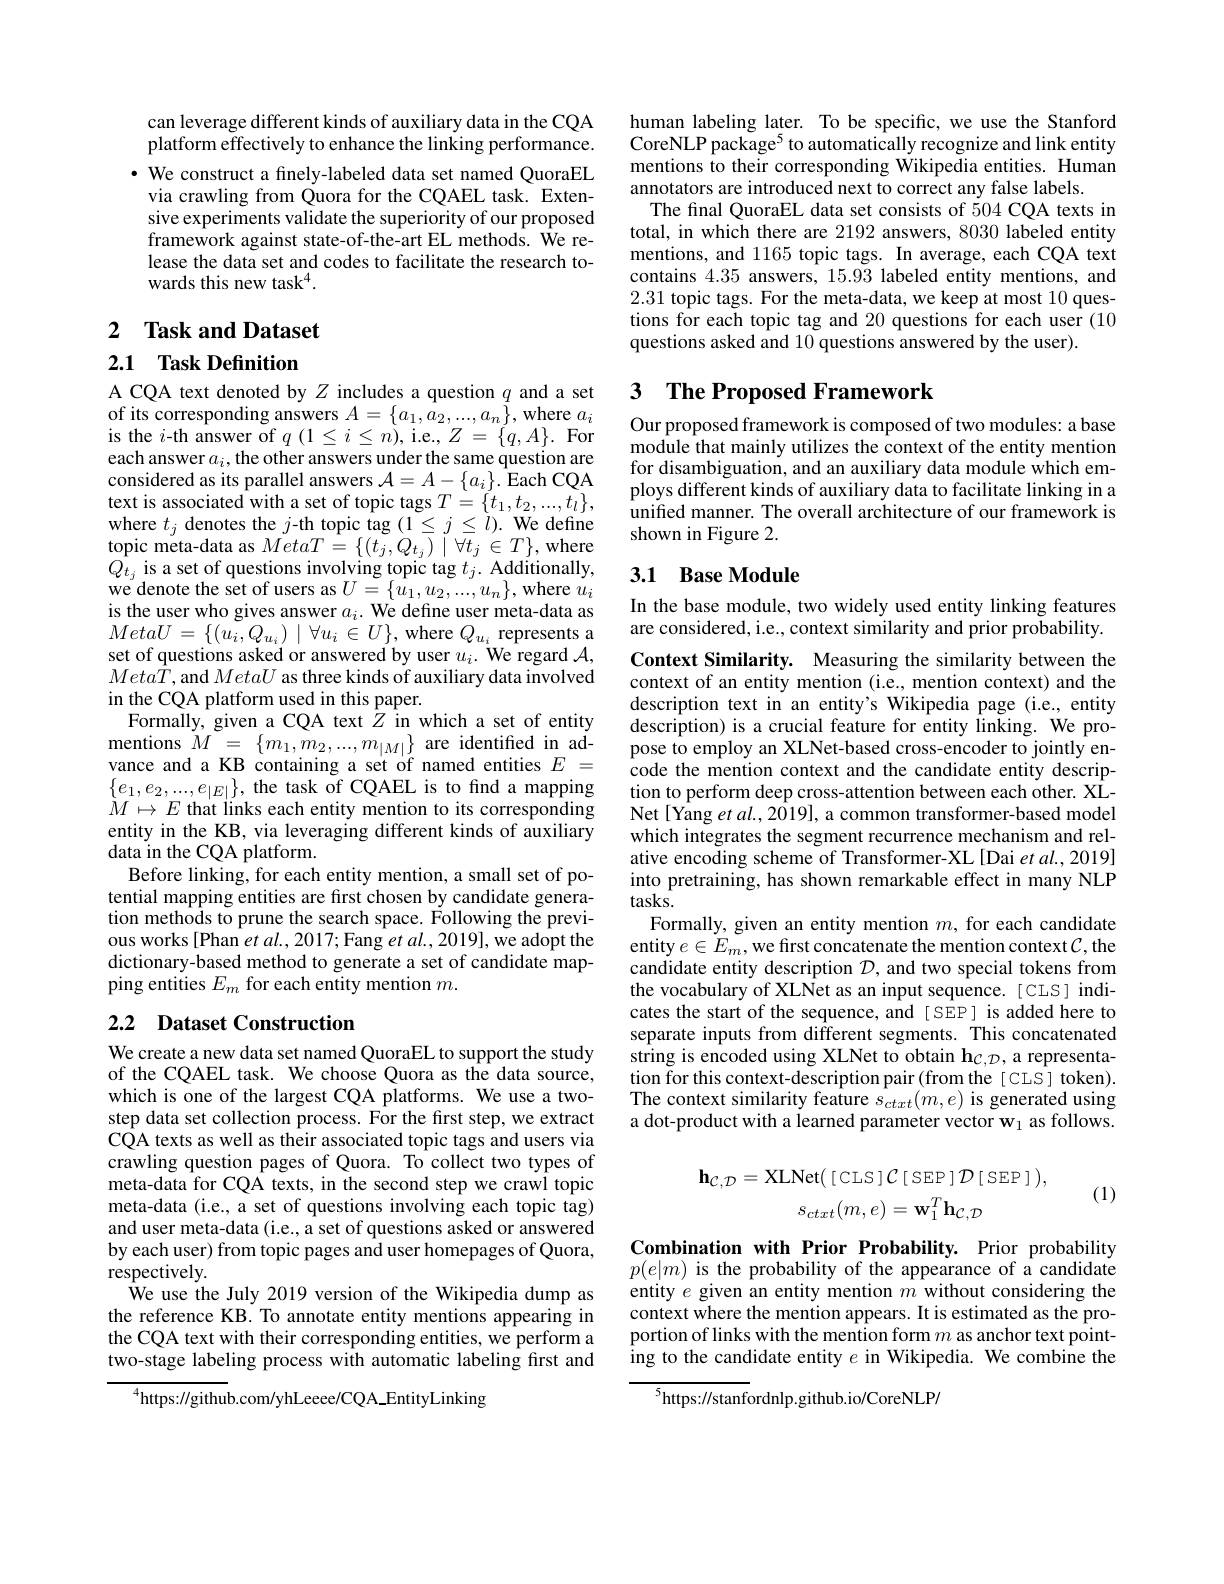
can leverage different kinds of auxiliary data in the CQA platform effectively to enhance the linking performance.
· We construct a finely-labeled data set named QuoraEL
via crawling from Quora for the CQAEL task. Extensive experiments validate the superiority of our proposed framework against state-of-the-art EL methods. We release the data set and codes to facilitate the research towards this new task$^4.$

2 Task and Dataset

## 2.1 Task Definition

A CQA text denoted by $Z$ includes a question $q$ and a set of its corresponding answers $A=\{a_1,a_2,...,a_n\}$, where $a_i$ is the $i$-th answer of $q(1\leq i\leq n)$,i.e.$Z=\{q,A\}.$ For each answer $a_i$, the other answers under the same question are considered as its parallel answers $\mathcal{A}=A-\{a_i\}.$ Each CQA text is associated with a set of topic tags $T=\{t_1,t_2,...,t_l\}$, where $t_j$ denotes the $j$-th topic tag $(1\leq j\leq l).$ We define topic meta-data as $MetaT=\{(t_{j},Q_{t_{j}})\mid\forall t_{j}\in T\}$,where $Q_{t_j}$ is a set of questions involving topic tag $t_j.$ Additionally, we denote the set of users as$U= \{ \hat{u_{1}} , u_{2}, . . . , u_{n}\} $,where $\hat{u_{i}}$ is the user who gives answer $a_{i}.$ We define user meta- data as $MetaU=\{(\tilde{u_{i}},Q_{u_{i}})\mid\forall u_{i}\stackrel{\sim}{\in}U\}$, where $Q_u_{i}$ represents a set of questions asked or answered by user $u_i.$ We regard $\mathcal{A}$, $Meta\bar{T}$,and MetaU as three kinds of auxiliary data involved in the CQA platform used in this paper.
Formally, given a CQA text $Z$ in which a set of entity $\begin{array}{rcl}{\mathrm{mentions~}M=~\{m_{1},m_{2},...,m_{|M|}\}~\mathrm{are~identified~in~ad-}}\\{\mathrm{vance~and~a~KB~containing~a~set~of~named~entities~}E~=}\end{array}$ $\begin{array}{l}\{e_1,e_2,...,e_{|E|}\},\text{the task of CQAEL is to find a mapping}\\M\mapsto E\text{ that links each entity mention to its corresponding}\end{array}$ entity in the KB, via leveraging different kinds of auxiliary data in the CQA platform.
Before linking, for each entity mention, a small set of potential mapping entities are first chosen by candidate generation methods to prune the search space. Following the previous works[Phan et al., 2017; Fang et al., 2019], we adopt the dictionary-based method to generate a set of candidate mapping entities $E_m$ for each entity mention $m.$

# 2.2 Dataset Construction

We create a new data set named QuoraEL to support the study of the CQAEL task. We choose Quora as the data source, which is one of the largest CQA platforms. We use a twostep data set collection process. For the frst step, we extract CQA texts as well as their associated topic tags and users via crawling question pages of Quora. To collect two types of meta-data for CQA texts, in the second step we crawl topic meta-data (i.e., a set of questions involving each topic tag) and user meta-data (i.e., a set of questions asked or answered by each user) from topic pages and user homepages of Quora, respectively
We use the July 2019 version of the Wikipedia dump as the reference KB. To annotate entity mentions appearing in the CQA text with their corresponding entities, we perform a two-stage labeling process with automatic labeling first and

$^{4}$https://github.com/yhLeeee/CQA\_EntityLinking

human labeling later. To be specific, we use the Stanford CoreNLP package$^5$to automatically recognize and link entity mentions to their corresponding Wikipedia entities. Human annotators are introduced next to correct any false labels
The final QuoraEL data set consists of 504 CQA texts in total, in which there are 2192 answers, 8030 labeled entity mentions, and 1165 topic tags. In average, each CQA text contains 4.35 answers, 15.93 labeled entity mentions, and 2.31 topic tags. For the meta-data, we keep at most 10 questions for each topic tag and 20 questions for each user (10 questions asked and 10 questions answered by the user)

## 3 $\textbf{The Proposed Framework}$

Our proposed framework is composed of two modules: a base module that mainly utilizes the context of the entity mention for disambiguation, and an auxiliary data module which employs different kinds of auxiliary data to facilitate linking in a unified manner. The overall architecture of our framework is shown in Figure 2.

## 3.1 Base Module

In the base module, two widely used entity linking features are considered, i.e., context similarity and prior probability.

Context Similarity. Measuring the similarity between the context of an entity mention (i.e., mention context) and the description text in an entity's Wikipedia page (i.e., entity description) is a crucial feature for entity linking. We propose to employ an XLNet-based cross-encoder to jointly encode the mention context and the candidate entity description to perform deep cross-attention between each other. XLNet[ Yang et $al.,2019]$, a common transformer-based model which integrates the segment recurrence mechanism and relative encoding scheme of Transformer-XL [Dai et al., 2019] into pretraining, has shown remarkable effect in many NLP $tasks.$
Formally, given an entity mention $m$, for each candidate entity $e\in E_m$,we first concatenate the mention context $\mathcal{C}$,the candidate entity description $D$, and two special tokens from the vocabulary of XLNet as an input sequence. [ CLS] indicates the start of the sequence, and [SEP] is added here to separate inputs from different segments. This concatenated string is encoded using XLNet to obtain h$c$, a representation for this context-description pair (from the[CLS] token). The context similarity feature $s_{ctxt}(m,e)$ is generated using a dot-product with a learned parameter vector w$_1$ as follows.
$$\mathbf{h}_{\mathcal{C},\mathcal{D}}=\mathrm{XLNet}(\:[\:\mathrm{CLS}\:]\:\mathcal{C}\:[\:\mathrm{SEP}\:]\:\mathcal{D}\:[\:\mathrm{SEP}\:]\:),\\s_{ctxt}(m,e)=\mathbf{w}_{1}^{T}\mathbf{h}_{\mathcal{C},\mathcal{D}}$$
(1)

Combination with Prior Probability. Prior probability $p(e|m)$ is the probability of the appearance of a candidate entity $e$ given an entity mention $m$ without considering the context where the mention appears. It is estimated as the proportion of links with the mention form $m$ as anchor text pointing to the candidate entity $e$ in Wikipedia. We combine the

$^{5}$https://stanfordnlp.github.io/CoreNLP/